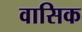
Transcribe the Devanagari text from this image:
वासिक